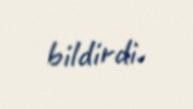
bildirdi.